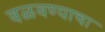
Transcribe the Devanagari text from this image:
वळवण्याचा